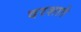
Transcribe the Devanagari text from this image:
दरशाते